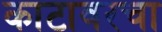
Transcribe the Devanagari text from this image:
काटावरचा